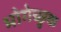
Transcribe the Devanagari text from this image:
भोगेच्छुक